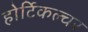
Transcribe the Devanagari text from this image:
होर्टिकल्चर